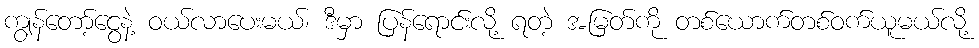
ကျွန်တော့်ငွေနဲ့ ဝယ်လာပေးမယ်၊ ဒီမှာ ပြန်ရောင်းလို့ ရတဲ့ အမြတ်ကို တစ်ယောက်တစ်ဝက်ယူမယ်လို့